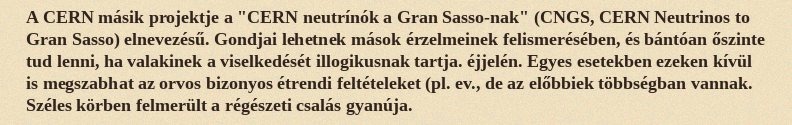
A CERN másik projektje a "CERN neutrínók a Gran Sasso-nak" (CNGS, CERN Neutrinos to Gran Sasso) elnevezésű. Gondjai lehetnek mások érzelmeinek felismerésében, és bántóan őszinte tud lenni, ha valakinek a viselkedését illogikusnak tartja. éjjelén. Egyes esetekben ezeken kívül is megszabhat az orvos bizonyos étrendi feltételeket (pl. ev., de az előbbiek többségban vannak. Széles körben felmerült a régészeti csalás gyanúja.